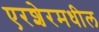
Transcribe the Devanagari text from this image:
एरशेरमधील